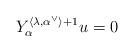
LaTeX: \begin{align*}Y_\alpha^{\langle \lambda, \alpha^\vee\rangle+1}u=0\end{align*}